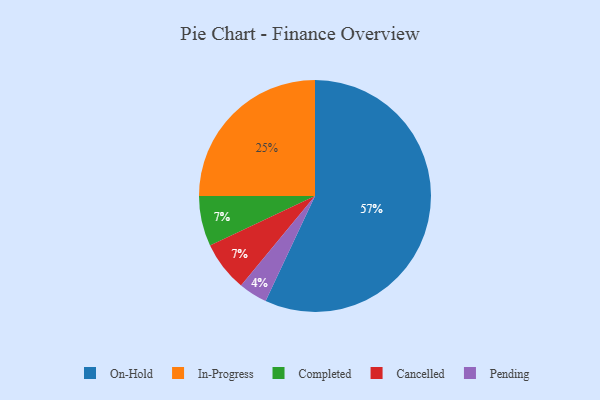
{"axis": {"x": "Category", "y": "Percentage"}, "legend": ["Cancelled", "Completed", "In-Progress", "On-Hold", "Pending"], "data": [{"x": "Pending", "y": 4, "type": "Pending"}, {"x": "Completed", "y": 7, "type": "Completed"}, {"x": "Cancelled", "y": 7, "type": "Cancelled"}, {"x": "On-Hold", "y": 57, "type": "On-Hold"}, {"x": "In-Progress", "y": 25, "type": "In-Progress"}]}